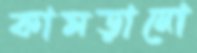
কামড়ানো